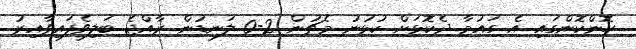
ހޮންކޮންގައި އެ ގައުމާ ދެކޮޅަށް ކުޅުނު މެޗުން 2-0 ލަނޑުން ރާއްޖެ ބަލިވެފައިވާއިރު